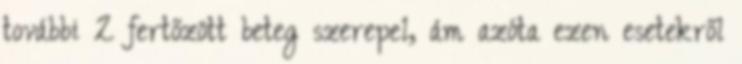
további 2 fertőzött beteg szerepel, ám azóta ezen esetekről